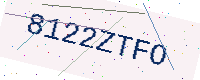
Text: 8122ZTFO